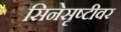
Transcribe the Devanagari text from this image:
सिनेसृष्टीवर